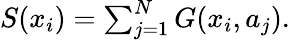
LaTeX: \begin{array}{r}{S(x_{i})=\sum_{j=1}^{N}G(x_{i},a_{j}).}\end{array}